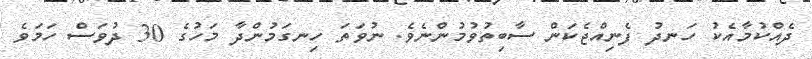
ދެއްކުމާއެކު ހަނދު ފެނިއްޖެކަން ސާބިތުވުމުންނެވެ. ނުވަތަ ހިނގަމުންދާ މަހުގެ 30 ދުވަސް ހަމަވެ